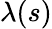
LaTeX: \lambda(s)